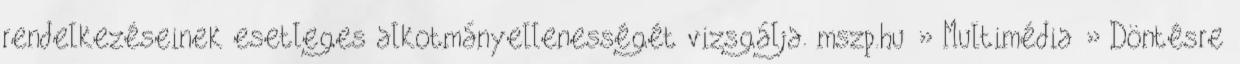
rendelkezéseinek esetleges alkotmányellenességét vizsgálja. mszp.hu » Multimédia » Döntésre